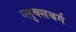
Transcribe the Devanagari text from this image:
ग्लुक्सबर्ग